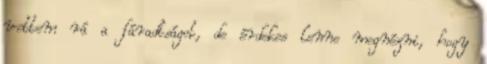
vettem rá a fáradtságot, de érdekes lenne megnézni, hogy